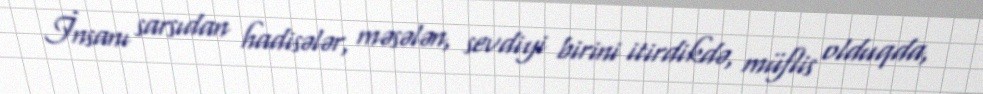
İnsanı sarsıdan hadisələr, məsələn, sevdiyi birini itirdikdə, müflis olduqda,